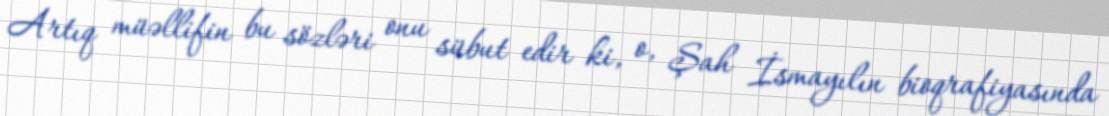
Artıq müəllifin bu sözləri onu sübut edir ki, o, Şah İsmayılın bioqrafiyasında